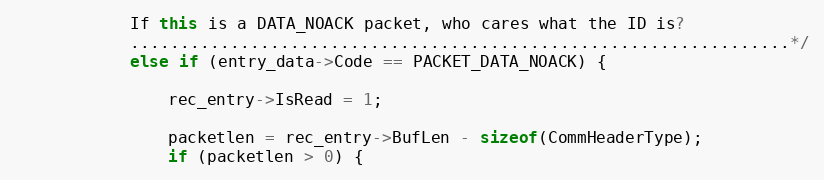
Language: C++
			If this is a DATA_NOACK packet, who cares what the ID is?
			..................................................................*/
			else if (entry_data->Code == PACKET_DATA_NOACK) {

				rec_entry->IsRead = 1;

				packetlen = rec_entry->BufLen - sizeof(CommHeaderType);
				if (packetlen > 0) {